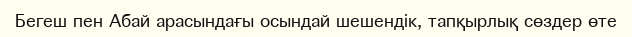
Бегеш пен Абай арасындағы осындай шешендік, тапқырлық сөздер өте